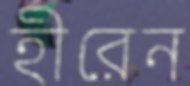
হীরেন